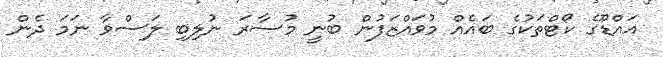
އައްޑޫގެ ކޯޓްތަކުގެ ބައެއް މުވައްޒަފުން ބުނީ މުސާރަ ނުލިބި ލަސްވާ ނަމަ ދެން